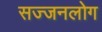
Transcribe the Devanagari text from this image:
सज्जनलोग